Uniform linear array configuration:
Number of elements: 4
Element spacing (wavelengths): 0.75
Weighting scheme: binomial
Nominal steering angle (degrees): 15
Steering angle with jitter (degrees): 14.256
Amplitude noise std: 0.05
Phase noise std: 0.05

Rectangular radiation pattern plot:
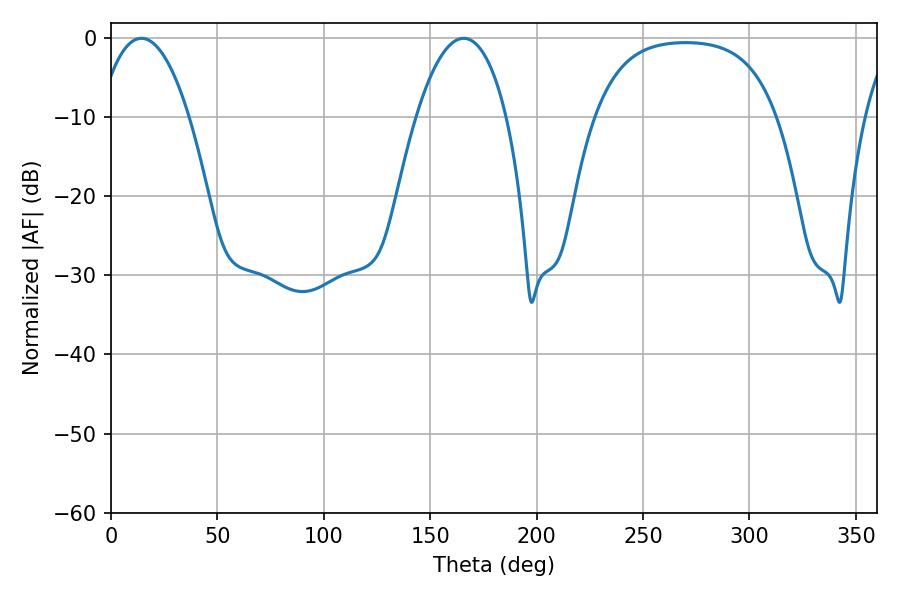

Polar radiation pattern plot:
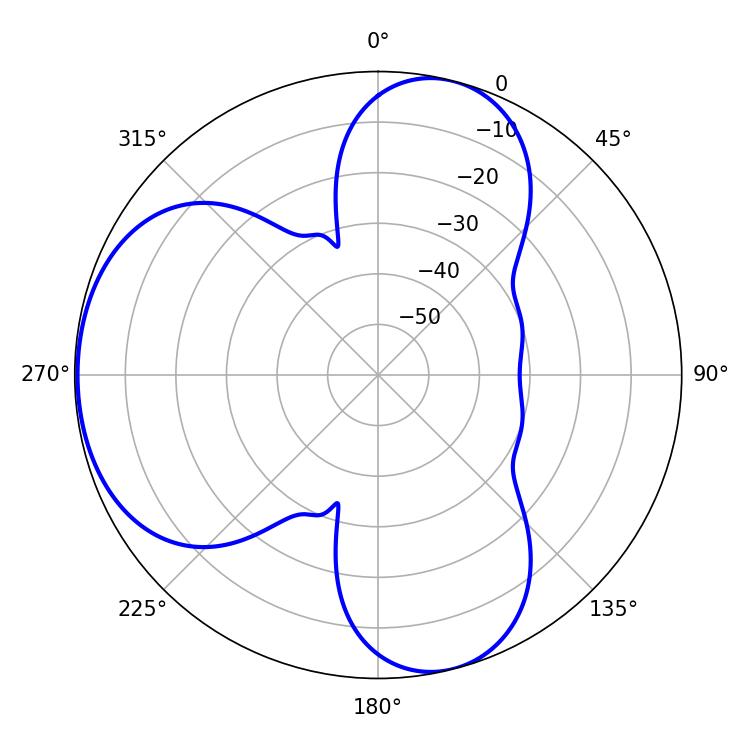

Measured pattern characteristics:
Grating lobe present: TRUE
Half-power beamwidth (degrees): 23.58
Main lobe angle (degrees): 14.22